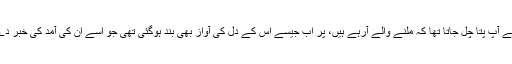
پہلے تو اسے اپنے آپ پتا چل جاتا تھا کہ ملنے والے آرہے ہیں، پَر اب جیسے اس کے دل کی آواز بھی بند ہوگئی تھی جو اسے ان کی آمد کی خبر دے دیا کرتی تھی۔